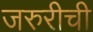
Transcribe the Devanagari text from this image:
जरुरीची